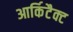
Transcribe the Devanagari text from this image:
आर्किटैक्ट